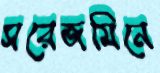
সরেজমিনে